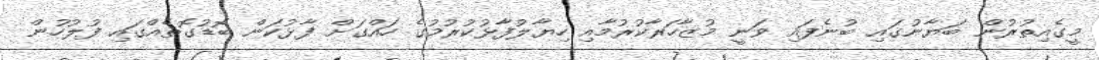
މީގެއިތުރުން ބަޔާނުގައި ބުނެފައި ވަނީ މުޒާހަރާކުރުމާއި ހިޔާލުފާޅުކުރުމުގެ ހައްގަށް ފާޅުކަން ބޮޑުގޮތެއްގައި ފުލުހުން